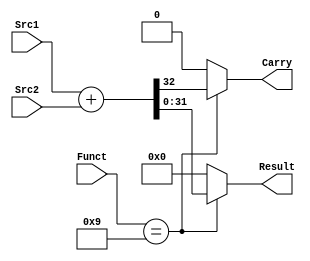
module ALU(Src1, Src2,Result,Carry,Funct);
input [31:0]Src1;
input [31:0]Src2;
input [5:0]Funct;
output reg [31:0]Result;
output reg Carry;

always@(Src1 or Src2 or Funct)
begin
    //  I use case to implement ALU, because ALU usually do a lot of jobs.
    case (Funct[5:0])
    6'b 001001: {Carry,Result} = Src1 + Src2;
    default: // LSB==0->
    begin
        Carry = 0;
        Result = 0;
    end
    endcase
end
    
endmodule